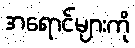
အရောင်များကို